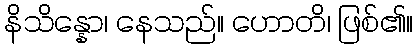
နိသိန္နော၊ နေသည်။ ဟောတိ၊ ဖြစ်၏။